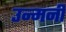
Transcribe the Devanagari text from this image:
उन्मनीं